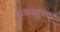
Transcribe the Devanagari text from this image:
कथनाच्या